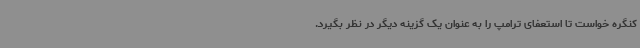
کنگره خواست تا استعفای ترامپ را به عنوان یک گزینه دیگر در نظر بگیرد.